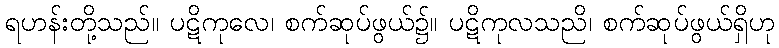
ရဟန်းတို့သည်။ ပဋိကုလေ၊ စက်ဆုပ်ဖွယ်၌။ ပဋိကုလသညိ၊ စက်ဆုပ်ဖွယ်ရှိဟု